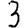
Digit: 3